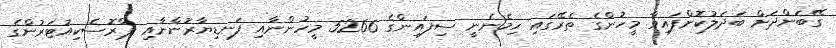
ގޭބަންދަށް ބަދަލުކޮށްފައިވާ މީހުންގެ ތެރޭގައި ހިމެނެނީ ސިފައިންގެ 5266 މީހުންނާއި ފަނޑިޔާރުންނާއި ޕްރޮސެކިއުޓަރުންގެ